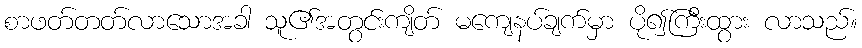
စာဖတ်တတ်လာသောအခါ သူ၏အတွင်းကျိတ် မကျေနပ်ချက်မှာ ပို၍ကြီးထွား လာသည်။